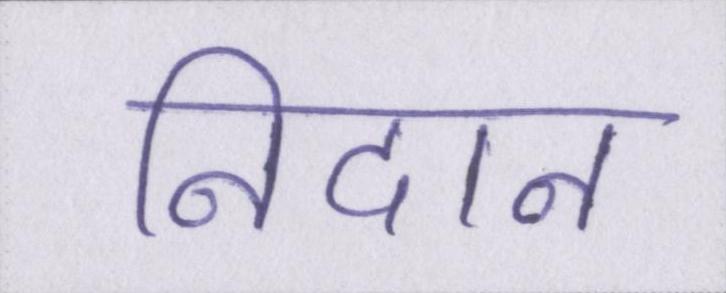
निदान